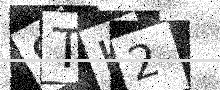
Text: 9TH2